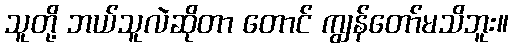
သူတို့ ဘယ်သူလဲဆိုတာ တောင် ကျွန်တော်မသိဘူး။